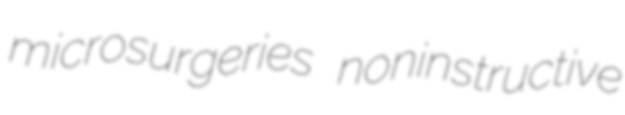
microsurgeries noninstructive